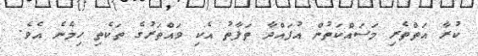
ކުރާ އަތްތެރި މަސައްކަތުން އުފައްދާ ތަފާތު އެކި ވައްތަރުގެ ތަކެތި ހިމެނެ އެވެ.